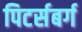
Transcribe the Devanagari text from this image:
पिटर्सबर्ग